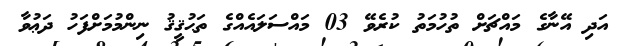
އަދި އޭނާގެ މައްޗަށް ތުހުމަތު ކުރެވޭ 03 މައްސަލައެއްގެ ތަޙުޤީޤު ނިންމުމަށްފަހު ދަޢުވާ